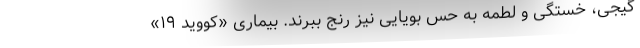
گیجی، خستگی و لطمه به حس بویایی نیز رنج ببرند. بیماری «کووید ۱۹»